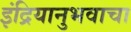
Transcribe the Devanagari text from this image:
इंद्रियानुभवाचा